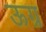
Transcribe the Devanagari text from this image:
ऊग्र